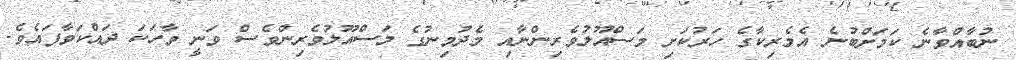
ނުބާއްވާނެ ކަމަށްބުނެ އެމެރިކާގެ ހަރުކަށި މަސްއޫލުވެރިންނާއި މެދުމިނުގެ މަސްއޫލުވެރިންވެސް ވަނީ ވާހަކަ ދައްކަވާފައެވެ.